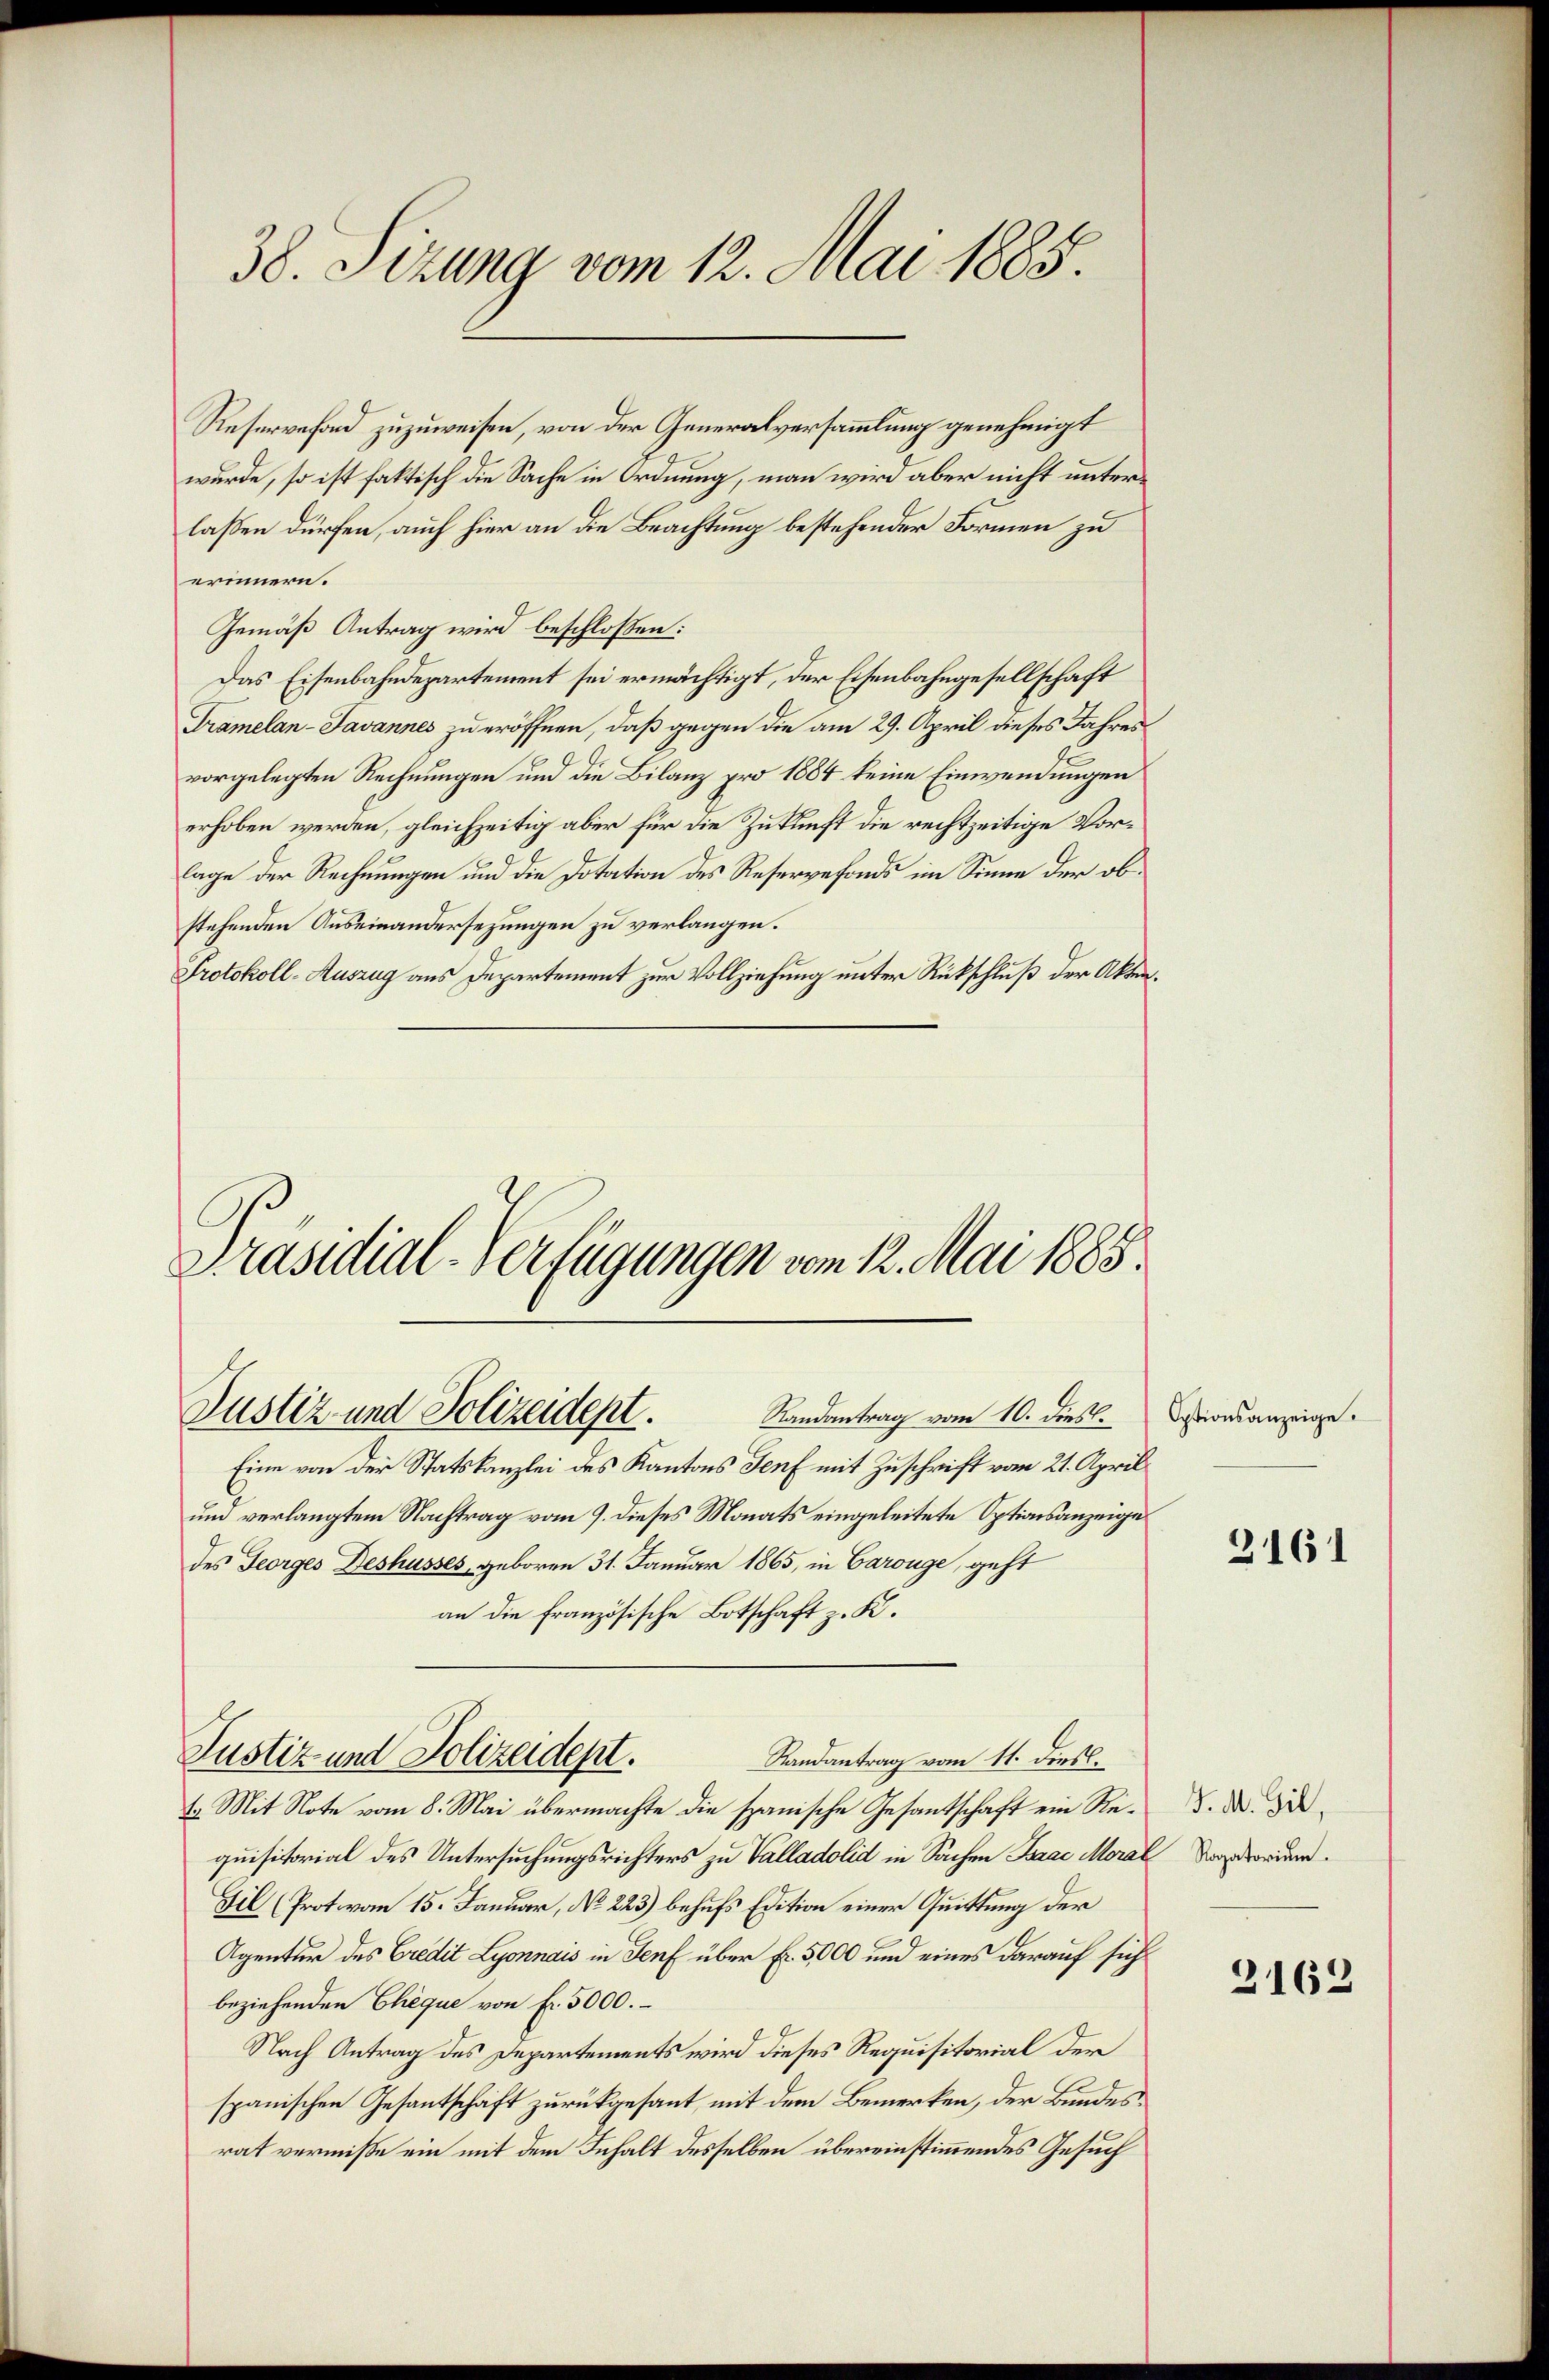
38. Sizung vom 12. Mai 1885.

Reservefond zuzuweisen, von der Generalversammlung genehmigt
wurde, so ist faktisch die Sache in Ordnung, man wird aber nicht unterlassen dürfen, auch hier an die Beachtung bestehender Formen zu
erinnern.
Gemäß Antrag wird beschloßen:
Das Eisenbahndepartement sei ermächtigt, der Eisenbahngesellschaft
Tramelan-Javannes zu eröffnen, daß gegen die am 29. April dieses Jahres
vorgelegten Rechnungen und die Bilanz pro 1884 keine Einwendungen
erhoben werden, gleichzeitig aber für die Zukunft die rechtzeitige Vorlage der Rechnungen und die Dotation des Reservefonds im Sinne der obstehenden Auseinandersezungen zu verlangen.
Protokoll-Auszug aus Departement zur Vollziehung unter Rückschluß der Akten¬

Justiz- und Polizeidept. Randantrag vom 10. Diesl.

Präsidial-Verfügungen vom 12. Mai 1885.

Eine von der Statskanzlei des Kantons Genf mit Zuschrift vom 21. April
und verlangtem Nachtrag vom 9. dieses Monats eingeleitete Optionsanzeigedes Georges Deshusses, geboren 31. Januar 1865, in Carouge, geht
an die französische Botschaft z. K.
Randantrag vom 11. Diesl.
23. Mit Note vom 8. Mai übermachte die spanische Gesantschaft ein Requisitorial des Untersuchungsrichters zu Valladolid in Sachen Baar Moral Verorden.
Fil (Protovon 15. Januar, No 223) behufs Edition einer Quittung der
Agentur des Credit Lyonnais in Genf über Fr. 5000 und eines darauf sich
beziehenden Cheque von fr. 5000.
Nach Antrag des Departements wird dieses Requisitorial der
spanischen Gesantschaft zurückgesant, mit dem Bemerken, der Bundesrat vermiße ein mit dem Inhalt desselben übereinstimmendes Gesuch

Justiz und Polizeidept.

Optionsanzeige.

3161

J. M. Gil,

2162